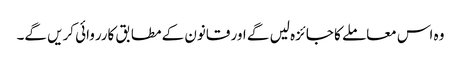
وہ اس معاملے کا جائزہ لیں گے اور قانون کے مطابق کارروائی کریں گے۔